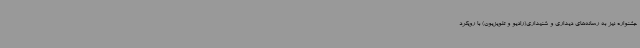
جشنواره نیز به رسانه‌های دیداری و شنیداری(رادیو و تلویزیون) با رویکرد